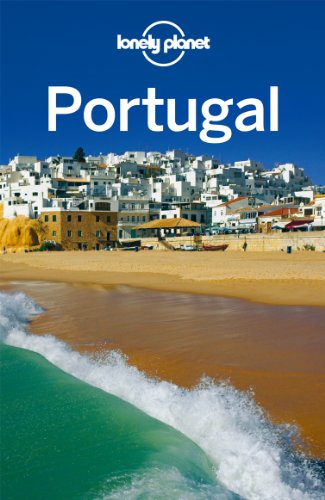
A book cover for Lonely Planet Portugal; Regis St Louis; Travel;